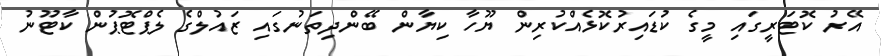
އޭރު ކޮޓަރީގައި މީގެ ކުޑައިރުކޮޅެއްކުރިން ޔޫހާ ކިޔާން ބޭންދިތަނުގައި ޒައުލްގެ ލެޕްޓޮޕުން ކާޓޫނު